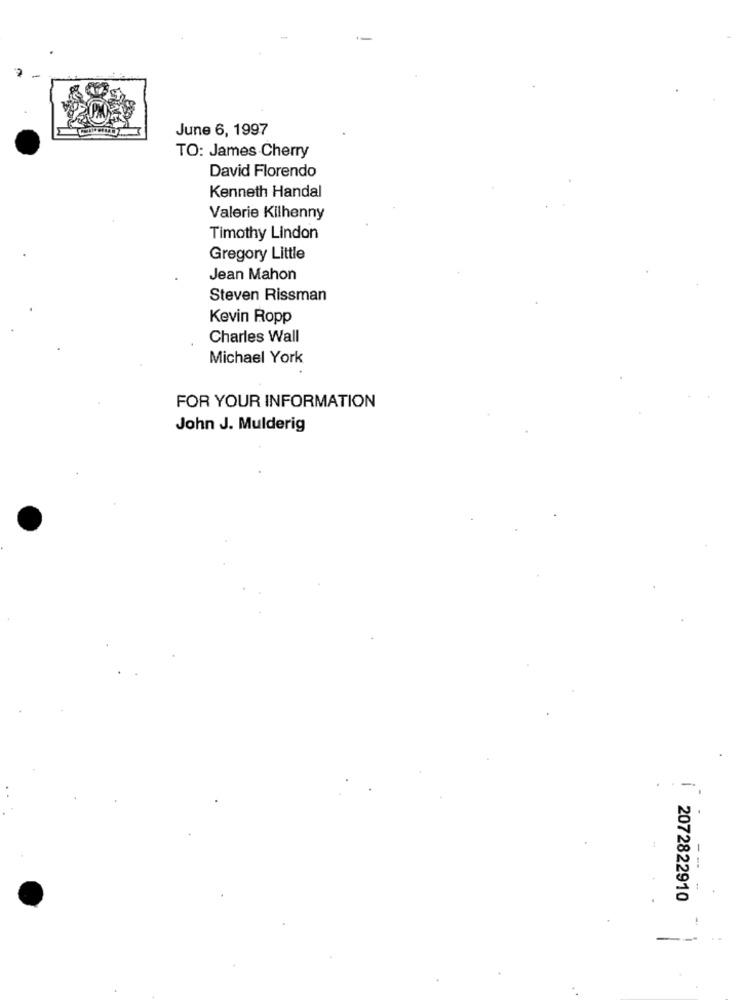
June 6, 1997
TO: James Cherry
David Florendo
Kenneth Handal
Valerie Kilhenny
Timothy Lindon
Gregory Little
Jean Mahon
Steven Rissman
Kevin Ropp
Charles Wall
Michael York
FOR YOUR INFORMATION
John J. Mulderig
-
2072822910
-
---